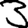
Digit: 3